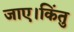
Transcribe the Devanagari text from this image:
जाए।किंतु